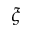
\xi